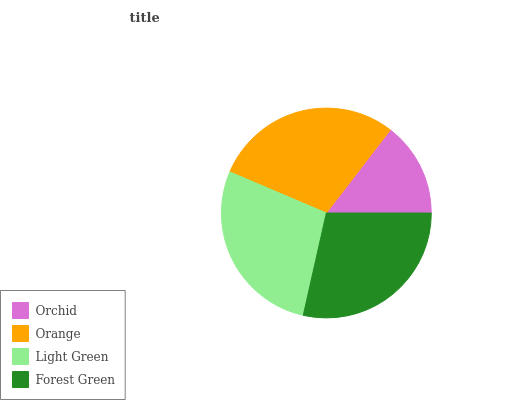
| Orchid | Orange | Light Green | Forest Green |
 | --- | --- | --- | --- |
 | 14.6% | 29% | 27.9% | 28.5% |